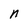
Character: n